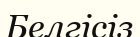
Белгісіз